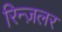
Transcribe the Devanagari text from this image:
रिन्ज़लर